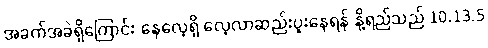
အခက်အခဲရှိကြောင်း နေလေ့ရှိ လေ့လာဆည်းပူးနေရန် နို့ရည်သည် 10.13.5